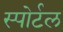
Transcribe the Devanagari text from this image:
स्पोर्टल